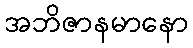
အဘိဇာနမာနော